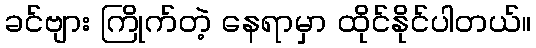
ခင်ဗျား ကြိုက်တဲ့ နေရာမှာ ထိုင်နိုင်ပါတယ်။